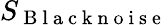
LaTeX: S_{\mathrm{~B~l~a~c~k~n~o~i~s~e~}}